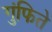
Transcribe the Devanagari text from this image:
गुंफिते